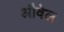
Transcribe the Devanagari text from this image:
औवेल